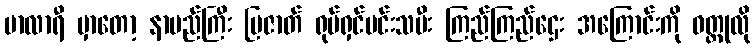
မာလာရီ မှာတော့ နာမည်ကြီး ပြဇာတ် ရုပ်ရှင်မင်းသမီး ကြည်ကြည်ဌေး အကြောင်းကို ဝတ္ထုလို